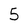
Character: 5